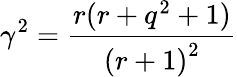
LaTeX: \gamma^{2}=\frac{r(r+q^{2}+1)}{{(r+1)}^{2}}